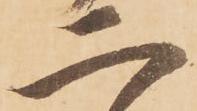
二